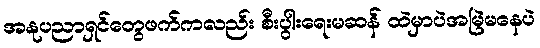
အနုပညာရှင်တွေဖက်ကလည်း စီးပွါးရေးမဆန် ထဲမှာပဲအမြဲမနေပဲ